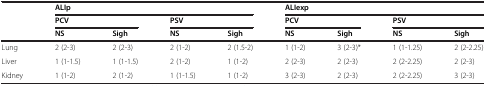
<table><thead><tr><td></td><td colspan="4"><b>ALIp</b></td><td colspan="4"><b>ALIexp</b></td></tr><tr><td></td><td colspan="2"><b>PCV</b></td><td colspan="2"><b>PSV</b></td><td colspan="2"><b>PCV</b></td><td colspan="2"><b>PSV</b></td></tr><tr><td></td><td><b>NS</b></td><td><b>Sigh</b></td><td><b>NS</b></td><td><b>Sigh</b></td><td><b>NS</b></td><td><b>Sigh</b></td><td><b>NS</b></td><td><b>Sigh</b></td></tr></thead><tbody><tr><td>Lung</td><td>2 (2-3)</td><td>2 (2-3)</td><td>2 (1-2)</td><td>2 (1.5-2)</td><td>1 (1-2)</td><td>3 (2-3)*</td><td>1 (1-1.25)</td><td>2 (2-2.25)</td></tr><tr><td>Liver</td><td>1 (1-1.5)</td><td>1 (1-1.5)</td><td>2 (1-2)</td><td>1 (1-2)</td><td>2 (2-3)</td><td>2 (2-3)</td><td>2 (2-2.25)</td><td>2 (2-3)</td></tr><tr><td>Kidney</td><td>1 (1-2)</td><td>2 (1-2)</td><td>1 (1-1.5)</td><td>1 (1-2)</td><td>3 (2-3)</td><td>2 (2-3)</td><td>2 (2-2.25)</td><td>3 (2-3)</td></tr></tbody></table>